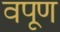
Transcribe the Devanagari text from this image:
वपूण